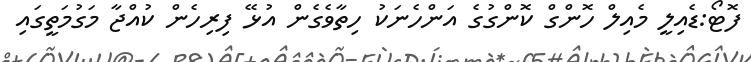
ފޮޓޯ:ޑެއިލީ މެއިލް ހޮންގް ކޮންގުގެ އަންހެނަކު ހިތާވެގެން އުޅޭ ފިރިހެން ކުއްޖާ މަގުމަތީގައި